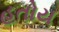
હતોય